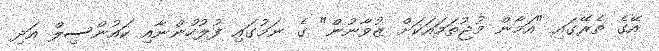
އޭގެ ތެރޭގައި "އަމާން މުޖުތަމައަކަށް ޒުވާނުން" ގެ ނަމުގައި ފުލުހުންނާއި ކައުންސިލް އަދި